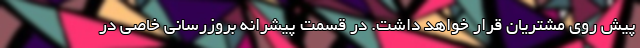
پیش روی مشتریان قرار خواهد داشت. در قسمت پیشرانه بروزرسانی خاصی در